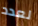
لعدد